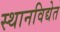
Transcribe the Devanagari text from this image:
स्थानविद्येत